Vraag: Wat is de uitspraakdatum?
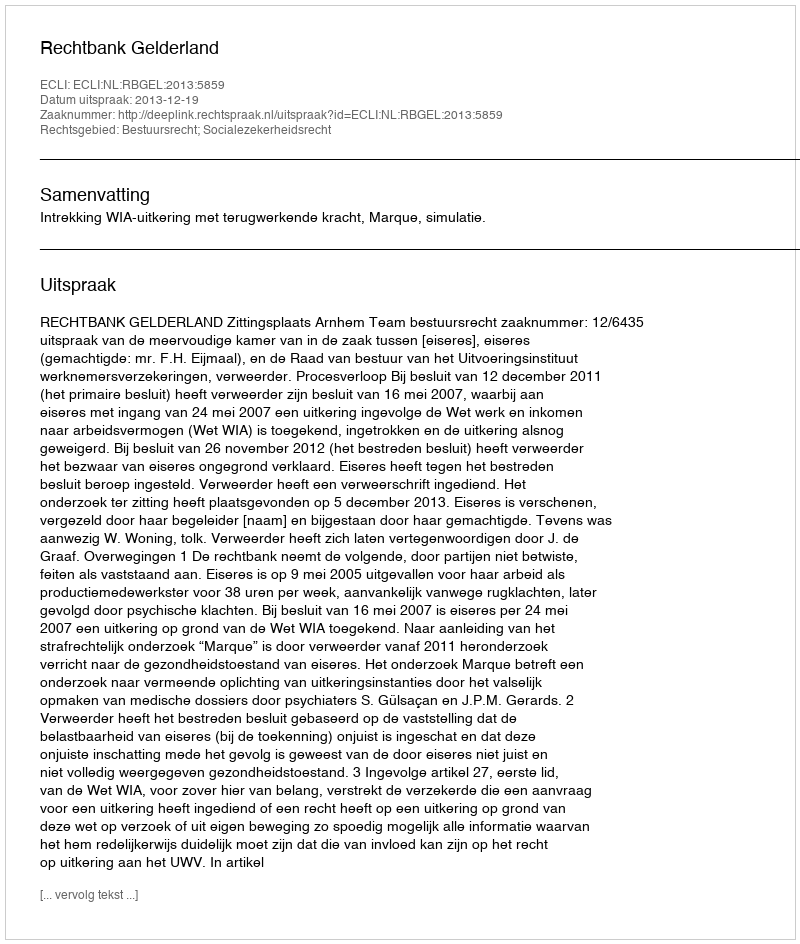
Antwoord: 2013-12-19